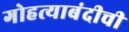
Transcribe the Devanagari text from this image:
गोहत्याबंदीची